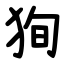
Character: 狥